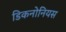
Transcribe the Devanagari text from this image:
डिकनोनियस